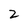
Character: Z